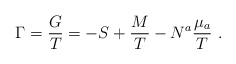
\begin{align*}\Gamma = { G \over T} = -S + {M \over T} -N^a { \mu _a \over T}\ .\end{align*}